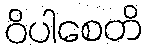
ဝိပါစေတိ